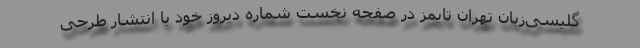
گلیسی‌زبان تهران تایمز در صفحه نخست شماره دیروز خود با انتشار طرحی